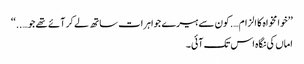
’’خوا مخواہ کا الزام….کون سے ہیرے جواہرات ساتھ لے کر آئے تھے جو…..‘‘
اماں کی نگاہ اس تک آئی۔